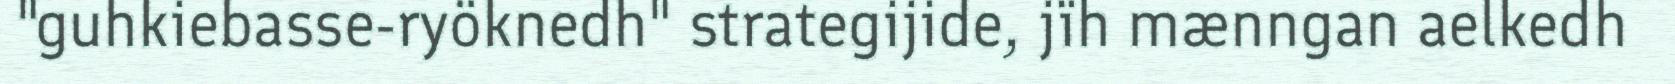
"guhkiebasse-ryöknedh" strategijide, jïh mænngan aelkedh